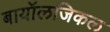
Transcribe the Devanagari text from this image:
बायॉलजिकल